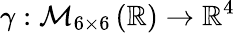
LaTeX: \gamma:\mathcal{M}_{6\times 6}\left(\mathbb{R}\right)\to\mathbb{R}^{4}